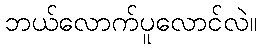
ဘယ်လောက်ပူလောင်လဲ။